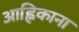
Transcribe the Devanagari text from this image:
आह्निकाना